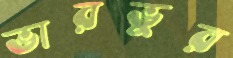
ভারভুর